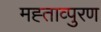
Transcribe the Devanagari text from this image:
मह्ताव्पुरण